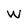
Character: W